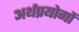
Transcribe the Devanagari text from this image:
अर्थप्रयोगों